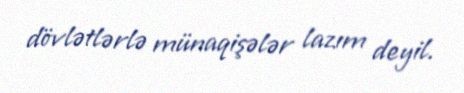
dövlətlərlə münaqişələr lazım deyil.